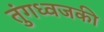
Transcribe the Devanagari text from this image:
तुंगध्वजकी